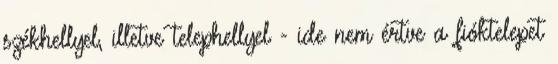
székhellyel, illetve telephellyel - ide nem értve a fióktelepet